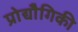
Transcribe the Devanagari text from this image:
प्रोद्यौेगिकी